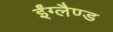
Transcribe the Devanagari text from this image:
ईंग्लैण्ड